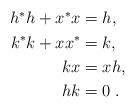
LaTeX: \begin{align*} \begin{aligned} h^* h + x^* x &= h, \\k^* k + x x ^* &= k, \\kx &= xh, \\hk &= 0 \; . \end{aligned} \end{align*}